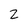
Character: 2